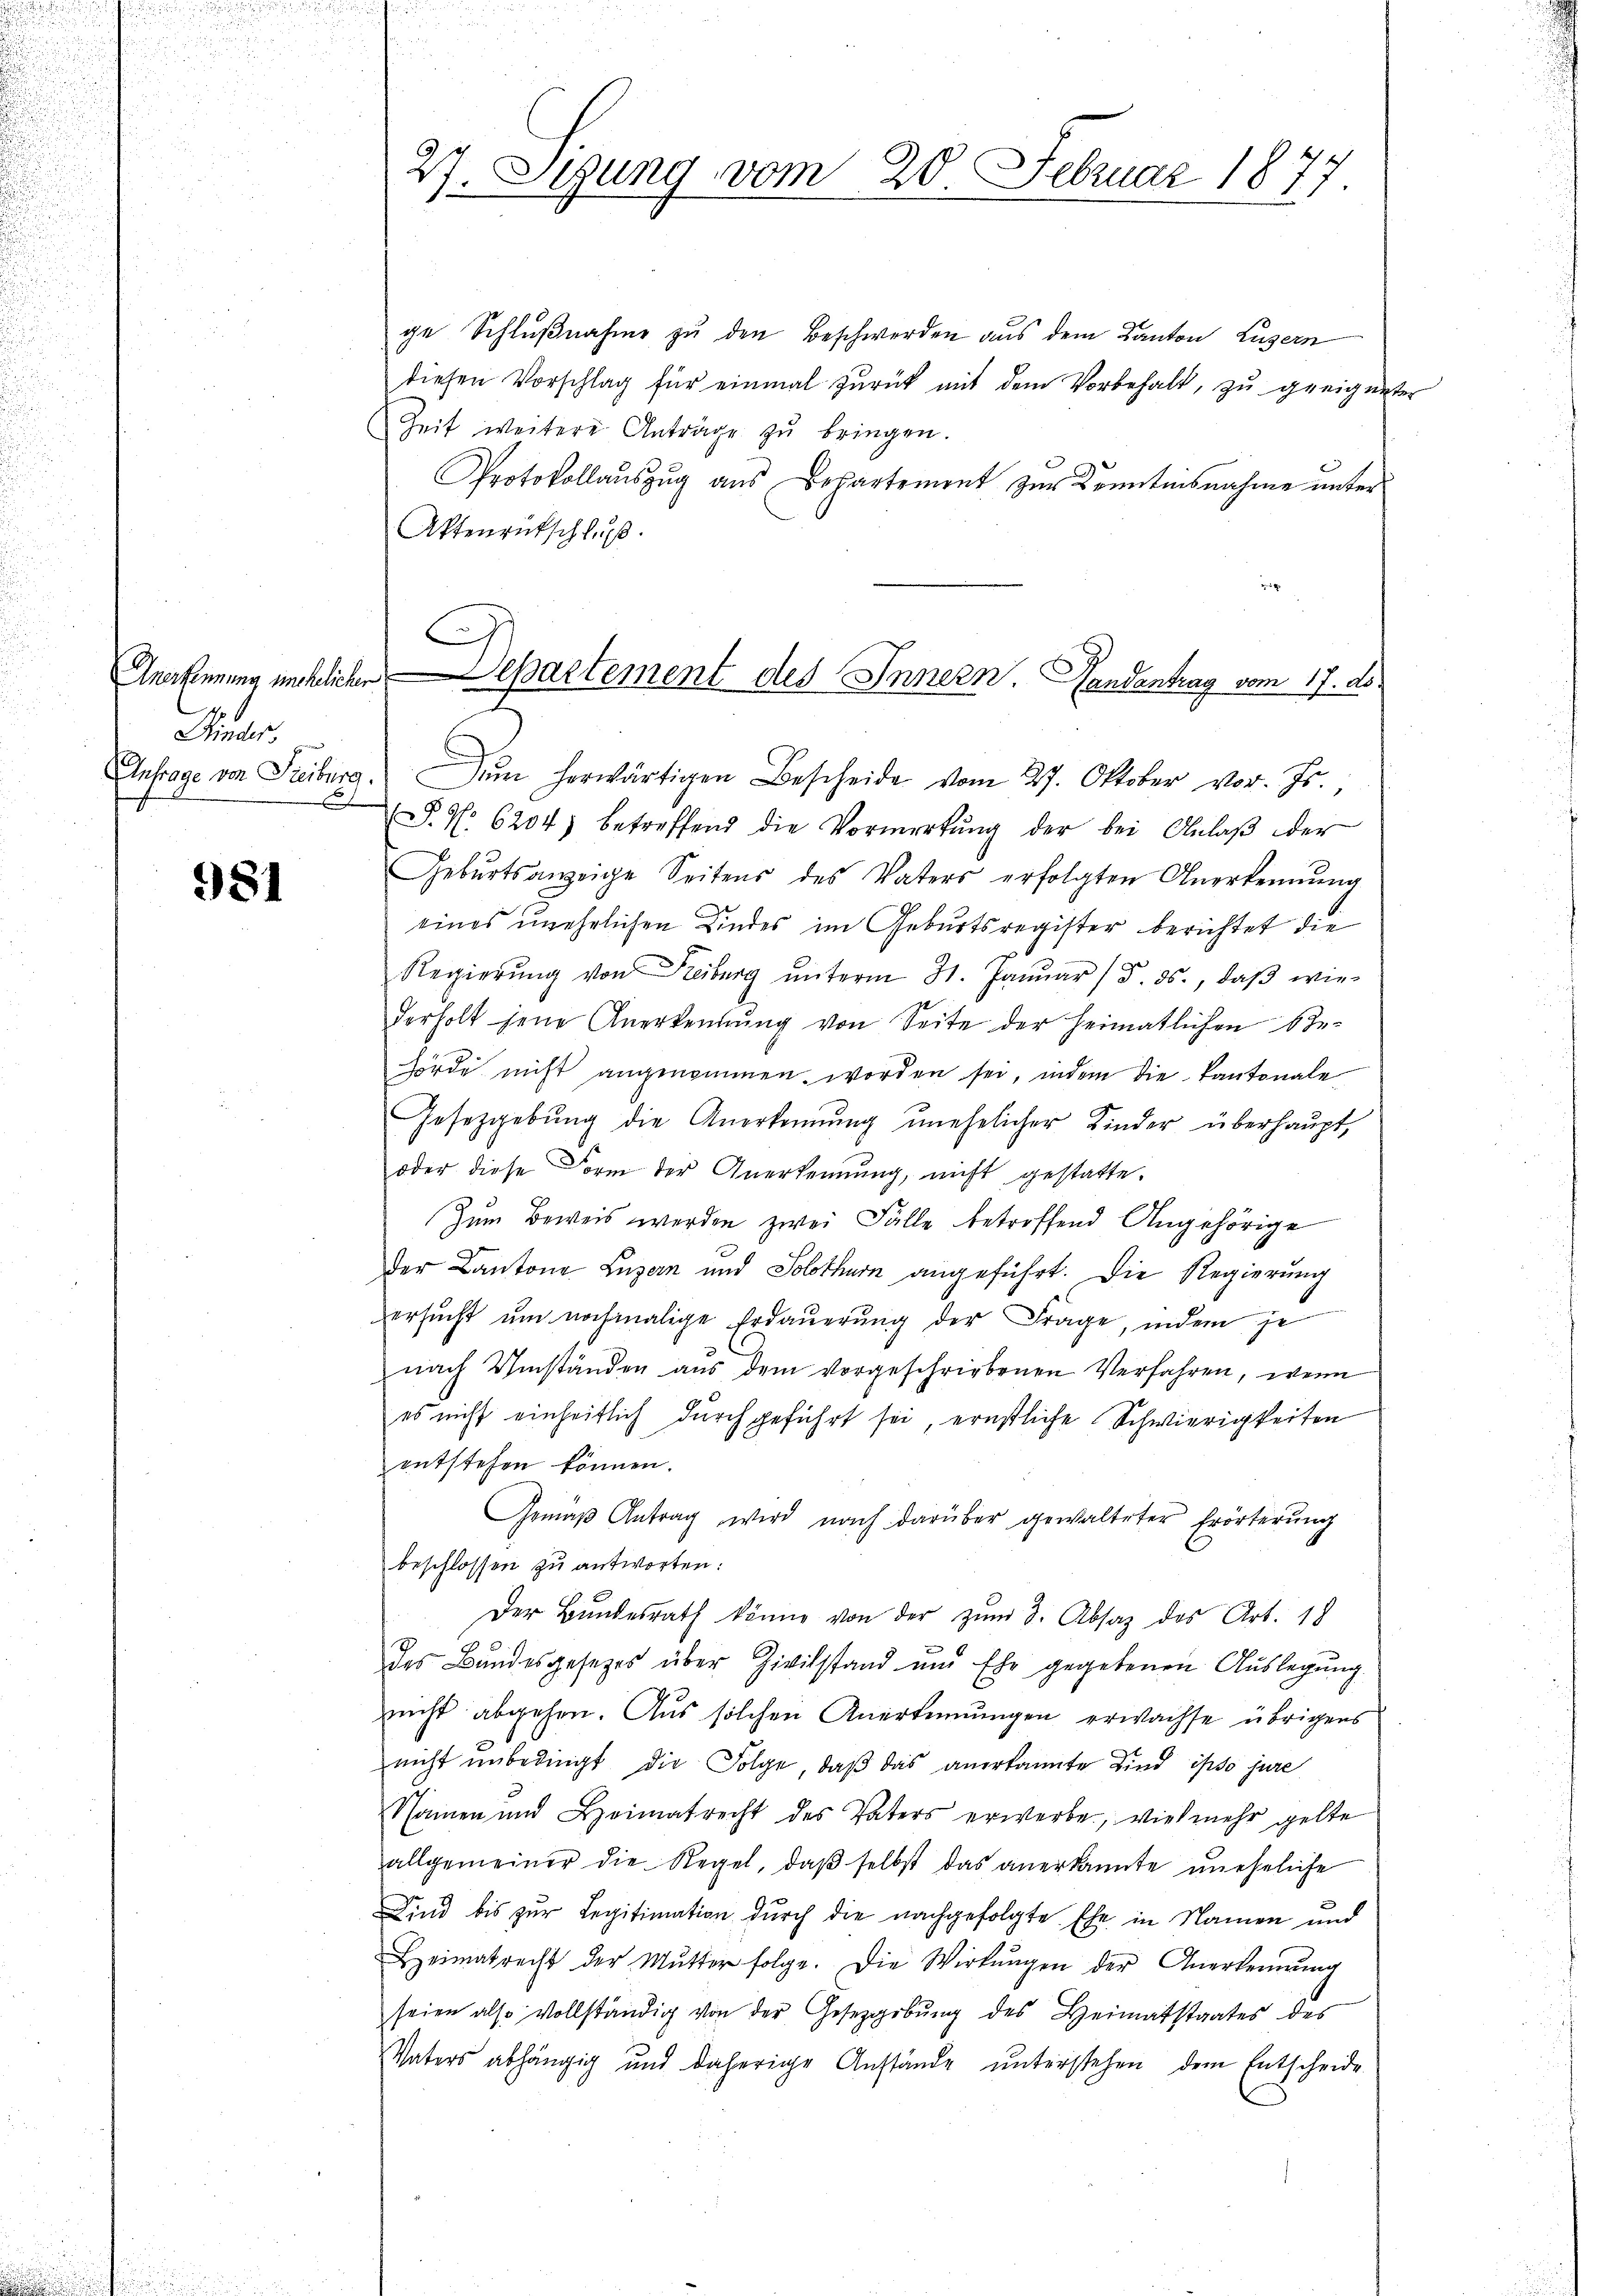
Kinder

981

ge Schlußnahme zu den Beschwerden aus dem Kanton Luzern
diesen Vorschlag für einmal zŭrück mit dem Vorbehalt, zŭ geeignet
Zeit weitere Anträge zŭ bringen.
Protokollaŭszŭg aŭs behartement zŭr Kenntnisnahme ŭnter-
Aktenrütschluß.

Anfrage von Freiburg. Dem herwärtigen Bescheide vom 27. Oktober vor. Js.,
F. N. 6204) betreffend die Vormerkŭng der bei Anlaβ der
Gebŭrtsanzeige Seitens des Vaters erfolgten Anerkennung
eines unehelichen Kindes im Geburtsregister berichtet die
Regierŭng von Freiburg ŭnterm 31. Janŭar (d. 3., daβ wie-
derholt jene Anerkennung von Seite der Heimatlichen behörde nicht angenommen worden sei, indem die Pantonale
Gesetzgebŭng die Anerkennung unehelicher Kinder überhaupt,
oder diese Form der Anerkennung, nicht gestatte.
Zum Beweis werden zwei Fälle betroffend Angehörige
der Cantone Luzern und Solothurn angeführt. Die Regierung
ersucht um nochmalige Erdauerung der Frage, indem je
nach Umständen aus dem vorgeschriebenen Verfahren, wenn
es nicht einheitlich durchgeführt sei, ernstliche Schwierigkeiten
entstehen können.
Gemäβ Antrag wird nach darüber gewalteter Erörterŭng
beschlossen zu antworten:
Der Bŭndesrath könne von der zŭm 3. Absaz des Art. 18
das Bandesgesezes über Zivilstand und Ehe gegebenen Auslegung
nicht abgehen. Aus solchen Anerkennungen erwachse übrigens
nicht unbedingt die Folge, daß das anerkannte Kind ipso jure
Namen und Heimatrecht des Vaters erwerbe, vielmehr gelte
allgemeiner die Regel, daβ selbst das anerkannte uneheliche
Sind bis zur Legitimation durch die nachgefolgte Ehe in Namen und
Heimatrecht der Mŭtter folge. Die Wirkungen der Anerkennŭng
seien also vollständig von der Gesetzgebŭng des Heimatstaates des
Vaters abhängig und daherige Anstände unterstehen dem Entscheide

37. Sigung vom 20. Februar 1877

G
Anerkennung unklicher Separtement des Innern. Handentrag vom 17. ds.